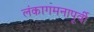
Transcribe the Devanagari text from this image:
लंकागमनापूर्वी